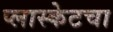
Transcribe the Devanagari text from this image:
प्लास्केटचा